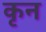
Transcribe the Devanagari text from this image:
कृन